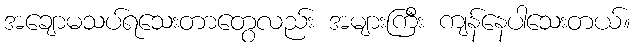
အချောမသပ်ရသေးတာတွေလည်း အများကြီး ကျန်နေပါသေးတယ်။